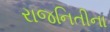
રાજનિતીના